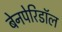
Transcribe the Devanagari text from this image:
बेनपेरिडॉल